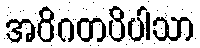
အဝိဂတပိပါသာ